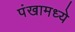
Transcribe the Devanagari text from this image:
पंखामध्ये